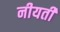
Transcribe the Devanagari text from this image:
नीयती